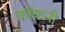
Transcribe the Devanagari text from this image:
कॉकनी